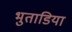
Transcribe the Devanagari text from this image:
भुताडिया